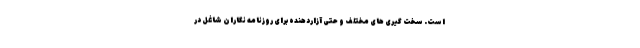
است. سخت گیری های مختلف و حتی آزاردهنده برای روزنامه نگاران شاغل در